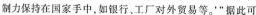
制力保持在国家手中，如银行。工厂对外贸易等。'”据此可